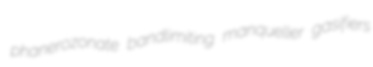
phanerozonate bandlimiting manqueller gasifiers